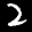
Label: 2